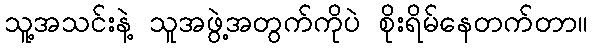
သူ့အသင်းနဲ့ သူအဖွဲ့အတွက်ကိုပဲ စိုးရိမ်နေတက်တာ။